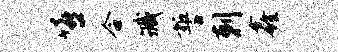
嘻合臧誓剌鑫